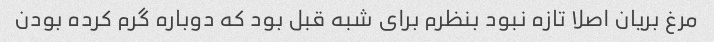
مرغ بریان اصلا تازه نبود بنظرم برای شبه قبل بود که دوباره گرم کرده بودن